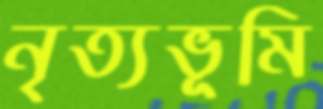
নৃত্যভূমি